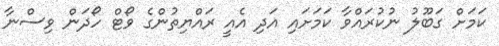
ކަމަށް ގަބޫލު ނުކުރައްވާ ކަމަށައި އަދި އެއީ ރައްޔިތުންގެ ވޯޓް ހޯދަން ވިސްނާ